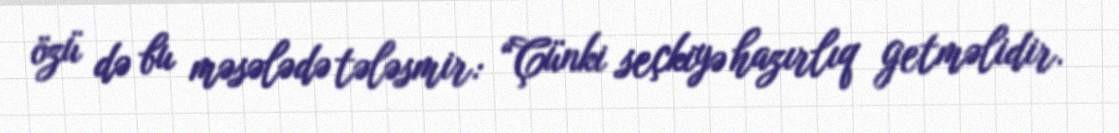
özü də bu məsələdə tələsmir: “Çünki seçkiyə hazırlıq getməlidir.